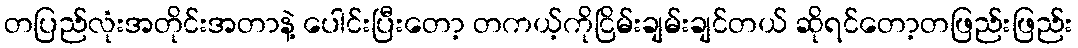
တပြည်လုံးအတိုင်းအတာနဲ့ ပေါင်းပြီးတော့ တကယ့်ကိုငြိမ်းချမ်းချင်တယ် ဆိုရင်တော့တဖြည်းဖြည်း